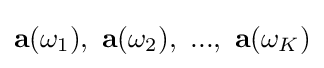
\mathbf {a} (\omega _{1}),\ \mathbf {a} (\omega _{2}),\ ...,\ \mathbf {a} (\omega _{K})